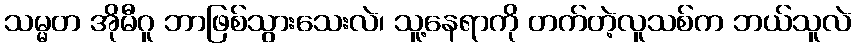
သမ္မတ အိုမီဂူ ဘာဖြစ်သွားသေးလဲ၊ သူ့နေရာကို တက်တဲ့လူသစ်က ဘယ်သူလဲ